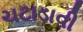
ચટાડાવી